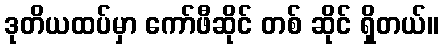
ဒုတိယထပ်မှာ ကော်ဖီဆိုင် တစ် ဆိုင် ရှိတယ်။